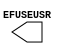
// $Header: /devl/xcs/repo/env/Databases/CAEInterfaces/xec_libs/data/unisims/EFUSE_USR.v,v 1.3 2009/08/22 00:32:34 harikr Exp $
///////////////////////////////////////////////////////////////////////////////
// Copyright (c) 1995/2009 Xilinx, Inc.
// All Right Reserved.
///////////////////////////////////////////////////////////////////////////////
//   ____  ____
//  /   /\/   /
// /___/  \  /    Vendor : Xilinx
// \   \   \/     Version : 11.1i (L.11)
//  \   \         Description : Xilinx Formal Library Component
//  /   /
// /___/   /\     Filename : EFUSE_USR.v
// \   \  /  \    Timestamp :
//  \___\/\___\
//
// Revision:
//    04/28/09 - Initial version.
// End Revision

`timescale  1 ps / 1 ps

module EFUSE_USR (
  EFUSEUSR
);
  parameter [31:0] SIM_EFUSE_VALUE = 32'h00000000;

  output [31:0] EFUSEUSR;






endmodule